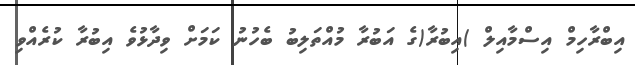
އިބްރާހިމް އިސްމާއިލް )އިބުރާ(ގެ އަބުރާ މުއްތަލިބު ބެހުނު ކަމަށް ވިދާޅުވެ އިބުރާ ކުރެއްވި